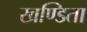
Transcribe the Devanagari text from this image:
खण्डिता